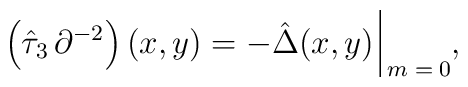
\left( \hat{\tau}_3 \, \partial^{- 2} \right) (x, y) = - \hat{\Delta} (x, y) \, \rule[-3mm]{.14mm}{8.5mm} \raisebox{-2.85mm}{\scriptsize{$\; m = 0$}} ,